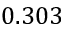
0 . 3 0 3